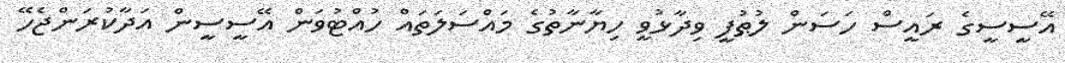
އޭސީސީގެ ރައީސް ހަސަން ލުޠުފީ ވިދާޅުވީ ހިޔާނާތުގެ މައްސަލަތައް ހުއްޓުވަން އޭސީސީން އަދާކުރަންޖެހޭ